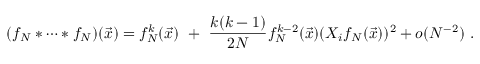
( f _ { N } * \dots * f _ { N } ) ( \vec { x } ) = f _ { N } ^ { k } ( \vec { x } ) \ + \ \frac { k ( k - 1 ) } { 2 N } f _ { N } ^ { k - 2 } ( \vec { x } ) ( X _ { i } f _ { N } ( \vec { x } ) ) ^ { 2 } + o ( N ^ { - 2 } ) \ .